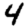
Digit: 4